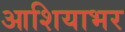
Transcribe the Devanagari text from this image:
आशियाभर